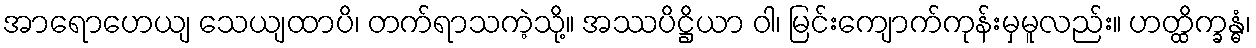
အာရောဟေယျ သေယျထာပိ၊ တက်ရာသကဲ့သို့။ အဿပိဋ္ဌိယာ ဝါ၊ မြင်းကျောက်ကုန်းမှမူလည်း။ ဟတ္ထိက္ခန္ဓံ၊